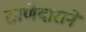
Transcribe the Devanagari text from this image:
ठाणेदाराने